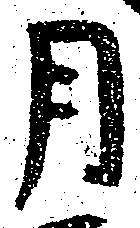
月